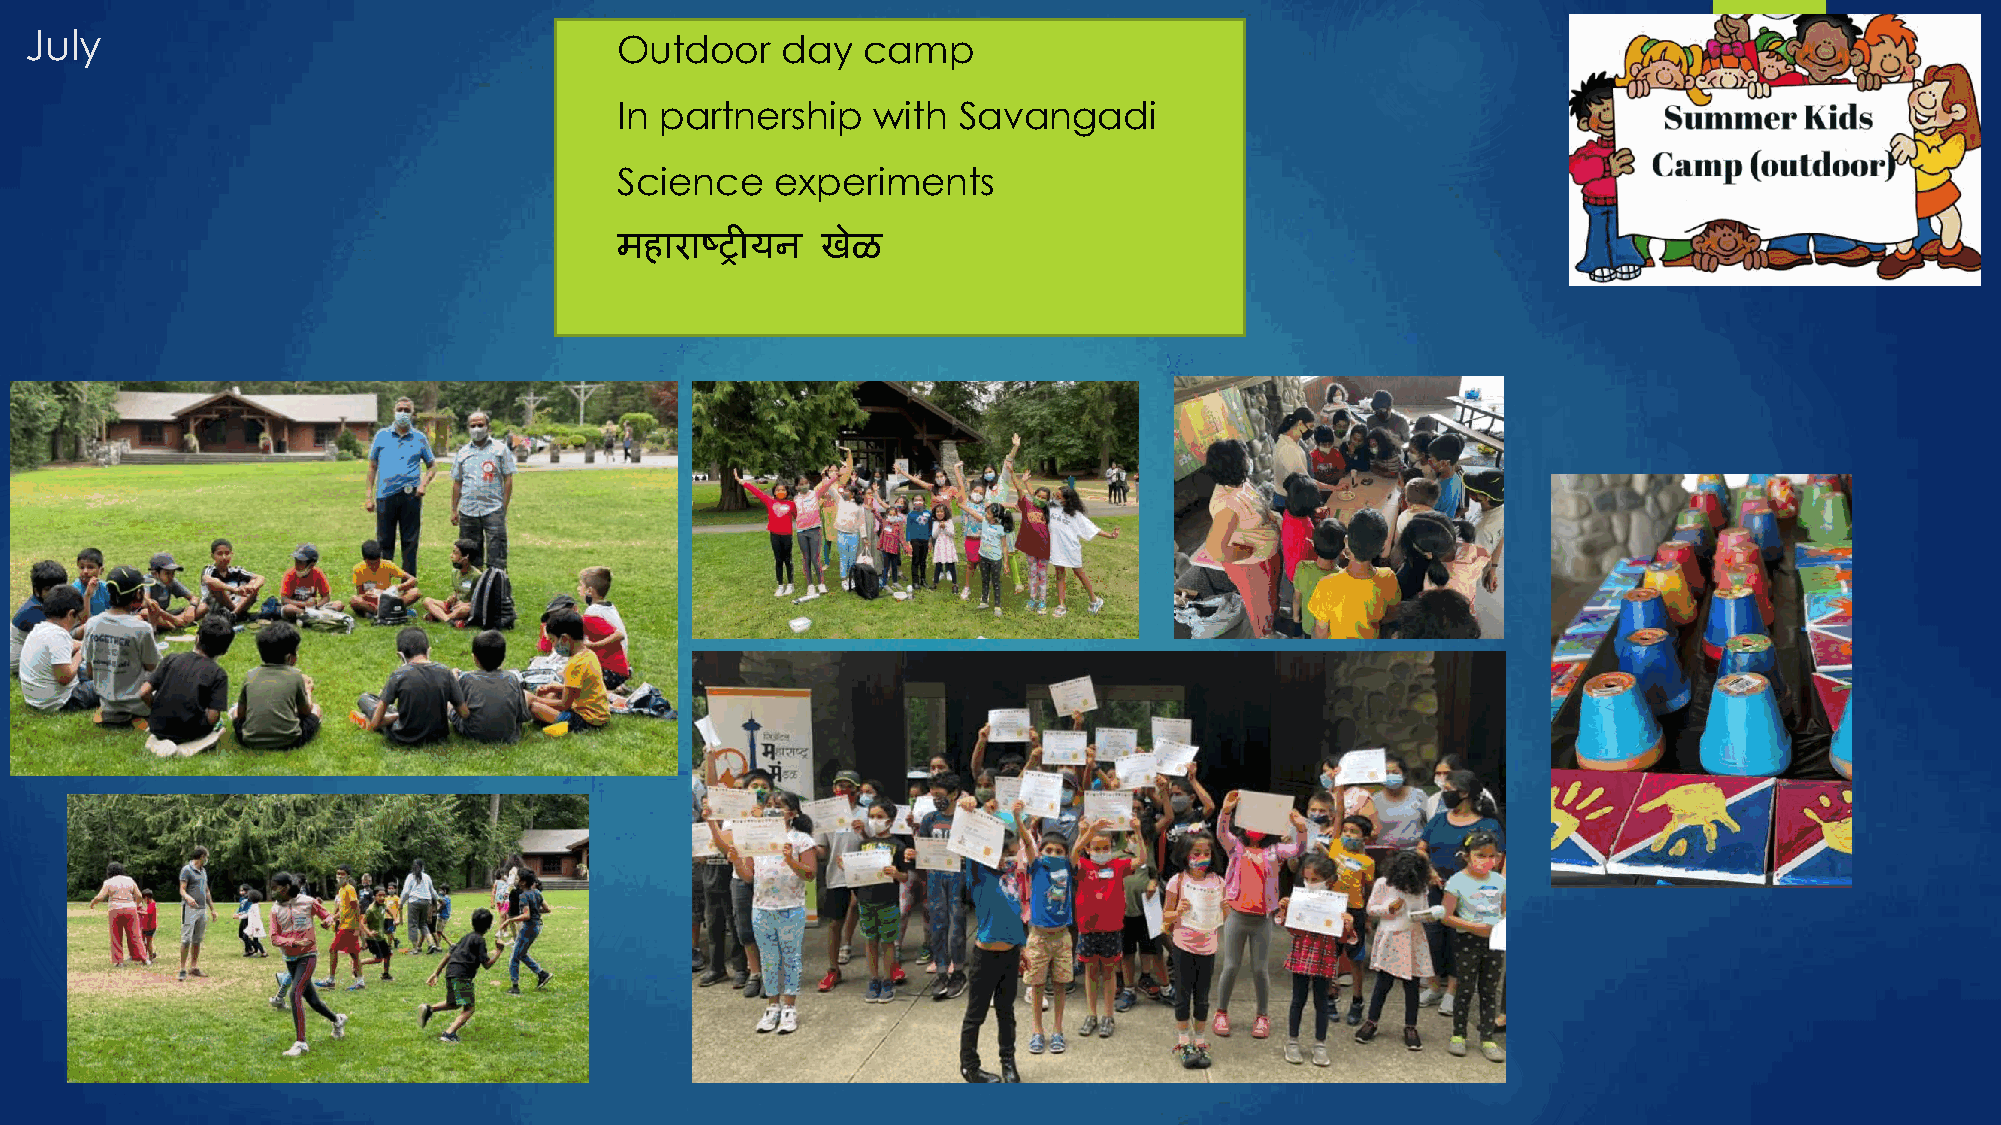
July                                  Outdoor    day  camp
   In partnership   with Savangadi
   Science   experiments
   महाराष्ट्रीयन खेळ